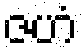
ဇဟံ